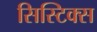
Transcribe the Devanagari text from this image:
सिस्टिक्स